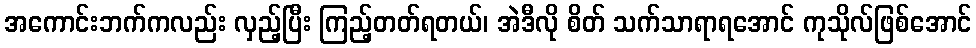
အကောင်းဘက်ကလည်း လှည့်ပြီး ကြည့်တတ်ရတယ်၊ အဲဒီလို စိတ် သက်သာရာရအောင် ကုသိုလ်ဖြစ်အောင်